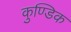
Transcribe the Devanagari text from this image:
कुण्डिक